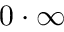
0 \cdot \infty